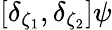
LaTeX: [\delta_{\zeta_{1}},\delta_{\zeta_{2}}]\psi